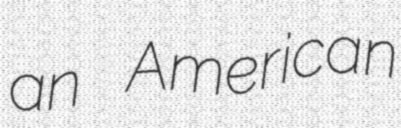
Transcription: an American